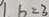
\vert b = 3